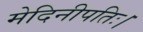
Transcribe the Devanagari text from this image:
मेदिनीपतिः।